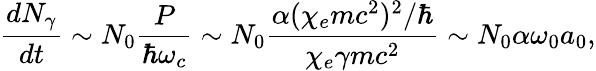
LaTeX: \frac{dN_{\gamma}}{dt}\sim N_{0}\frac{P}{\hbar\omega_{c}}\sim N_{0}\frac{\alpha(\chi_{e}mc^{2})^{2}/\hbar}{\chi_{e}\gamma mc^{2}}\sim N_{0}\alpha\omega_{0}a_{0},